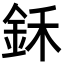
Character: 鉌